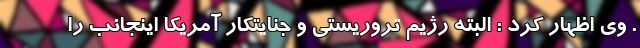
. وی اظهار کرد : البته رژیم تروریستی و جنایتکار آمریکا اینجانب را